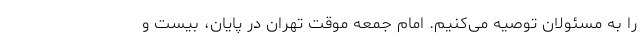
را به مسئولان توصیه می‌کنیم. امام جمعه موقت تهران در پایان، بیست و